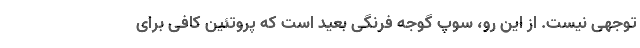
توجهی نیست. از این رو، سوپ گوجه فرنگی بعید است که پروتئین کافی برای